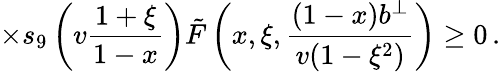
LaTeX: \times s_{9}\left(v\frac{1+\xi}{1-x}\right)\tilde{F}\left(x,\xi,\frac{(1-x)b^{\perp}}{v(1-\xi^{2})}\right)\geq 0\, .